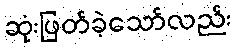
ဆုံးဖြတ်ခဲ့သော်လည်း